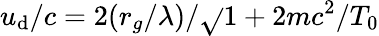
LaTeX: u_{\mathrm{d}}/c=2(r_{g}/\lambda)/\sqrt{}{{1+2mc^{2}/T_{0}}}